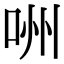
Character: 㖄